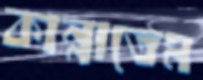
কান্নাতেম